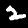
Label: 2